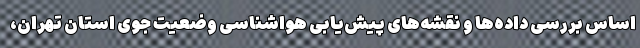
اساس بررسی داده‌ها و نقشه‌های پیش‌یابی هواشناسی وضعیت جوی استان تهران،